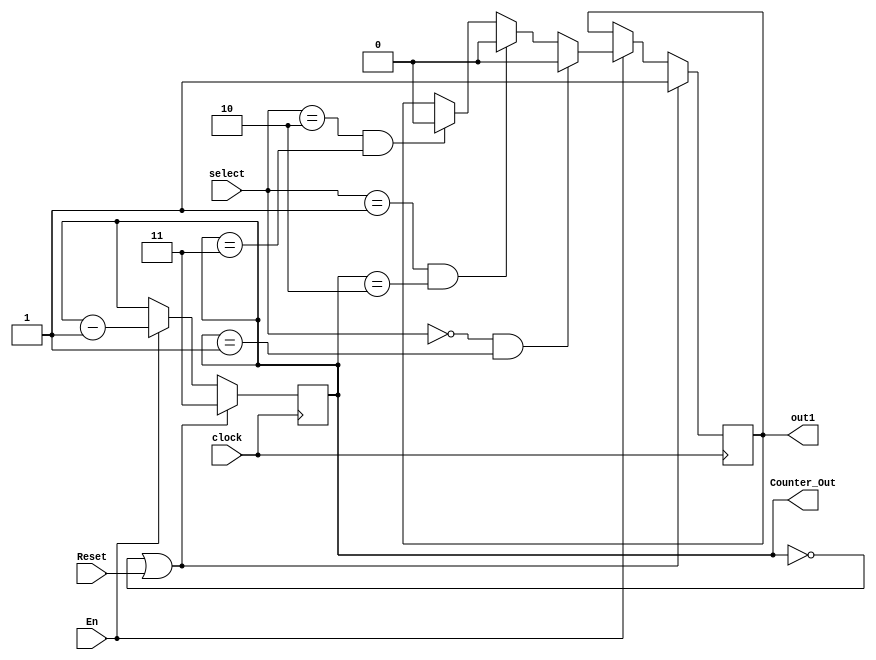
`timescale 1ns / 1ps
//////////////////////////////////////////////////////////////////////////////////
// Company: 
// Engineer: 
// 
// Design Name: 
// Module Name:    TwoBitCounter 
// Project Name: 
// Target Devices: 
// Tool versions: 
// Description: 
//
// Dependencies: 
//
// Revision: 
// Revision 0.01 - File Created
// Additional Comments: 
//
//////////////////////////////////////////////////////////////////////////////////
module TwoBitCounter(
    input  clock, 
	 input Reset, 
	 input En, 
	 input [1:0] select, 
	 output reg [1:0] Counter_Out,
    output reg out1
    );
	//parameter S0=2'b00, S1=2'b10, S2=2'b01, S3=2'b11;

	always @ (posedge clock)
	begin : CounterBlock // Block Name
	
		if (Counter_Out == 2'b00 || Reset == 1'b1) 
      begin
			Counter_Out = 2'b11;
			out1 = 1'b1;
	   end
		
		else if (En == 1'b1) 
		begin
			//Counter_Out = Counter_Out - 1;
		//end
		
		if (select == 2'b00 && Counter_Out == 2'b01) 
		  begin
			out1 = 1'b0;
		  end

		else if (select == 2'b01 && Counter_Out == 2'b10) 
		  begin
			out1 = 1'b0;
		  end
		
		else if (select == 2'b10 && Counter_Out == 2'b11) 
		  begin
			out1 = 1'b0;
		  end
		  
		  Counter_Out <= #1 Counter_Out - 1;
		end
		
	

		


      //clock = ~clock;

	end
endmodule